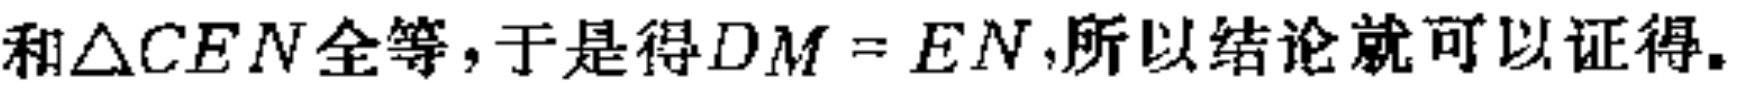
和\(\triangle CEN\)全等，于是得\(DM = EN\)，所以结论就可以证得。